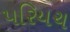
પરિયચ